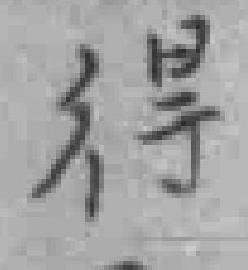
得